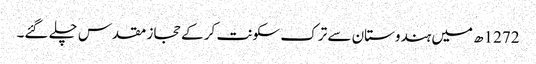
1272ھ میں ہندوستان سے ترک سکونت کر کے حجاز مقدس چلے گئے۔